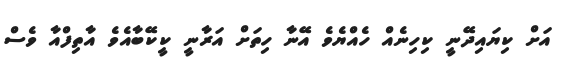
އަށް ކިޔައިދޭނީ ކިހިނެއް ހެއްޔެވެ އޭނާ ހިތަށް އަރާނީ ކީކޭބާއެވެ އާތިފްއާ ވެސް